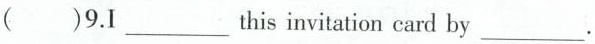
( )9.I___this invitation card by___.